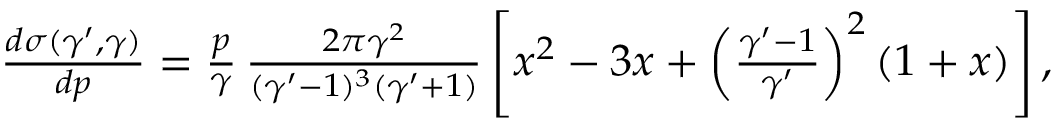
\begin{array} { r } { \frac { d \sigma ( \gamma ^ { \prime } , \gamma ) } { d p } = \frac { p } { \gamma } \, \frac { 2 \pi \gamma ^ { 2 } } { ( \gamma ^ { \prime } - 1 ) ^ { 3 } ( \gamma ^ { \prime } + 1 ) } \left[ x ^ { 2 } - 3 x + \left( \frac { \gamma ^ { \prime } - 1 } { \gamma ^ { \prime } } \right) ^ { 2 } ( 1 + x ) \right] , } \end{array}